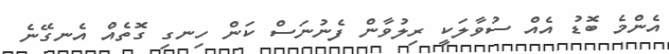
އެންމެ ބޮޑު އެއް ސުވާލަކީ ރިލުވާން ފެނުނަސް ކަން ހިނގި ގޮތެއް އެނގޭނެ